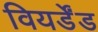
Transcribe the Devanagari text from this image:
वियर्डेंड